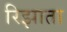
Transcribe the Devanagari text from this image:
रिझाता